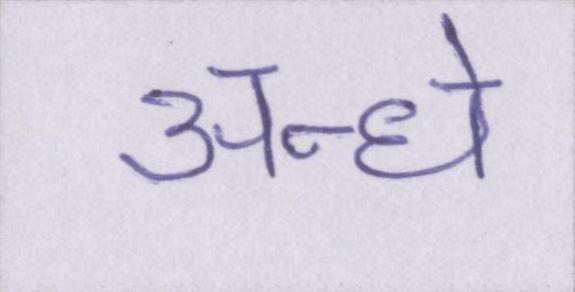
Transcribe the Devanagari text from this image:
अन्धे